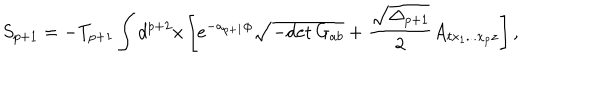
S _ { p + 1 } = - T _ { p + 1 } \int d ^ { p + 2 } x \left[ e ^ { - a _ { p + 1 } \phi } \sqrt { - \mathrm { d e t } \, G _ { a b } } + { \frac { \sqrt { \Delta _ { p + 1 } } } { 2 } } A _ { t x _ { 1 } . . . x _ { p } z } \right] ,